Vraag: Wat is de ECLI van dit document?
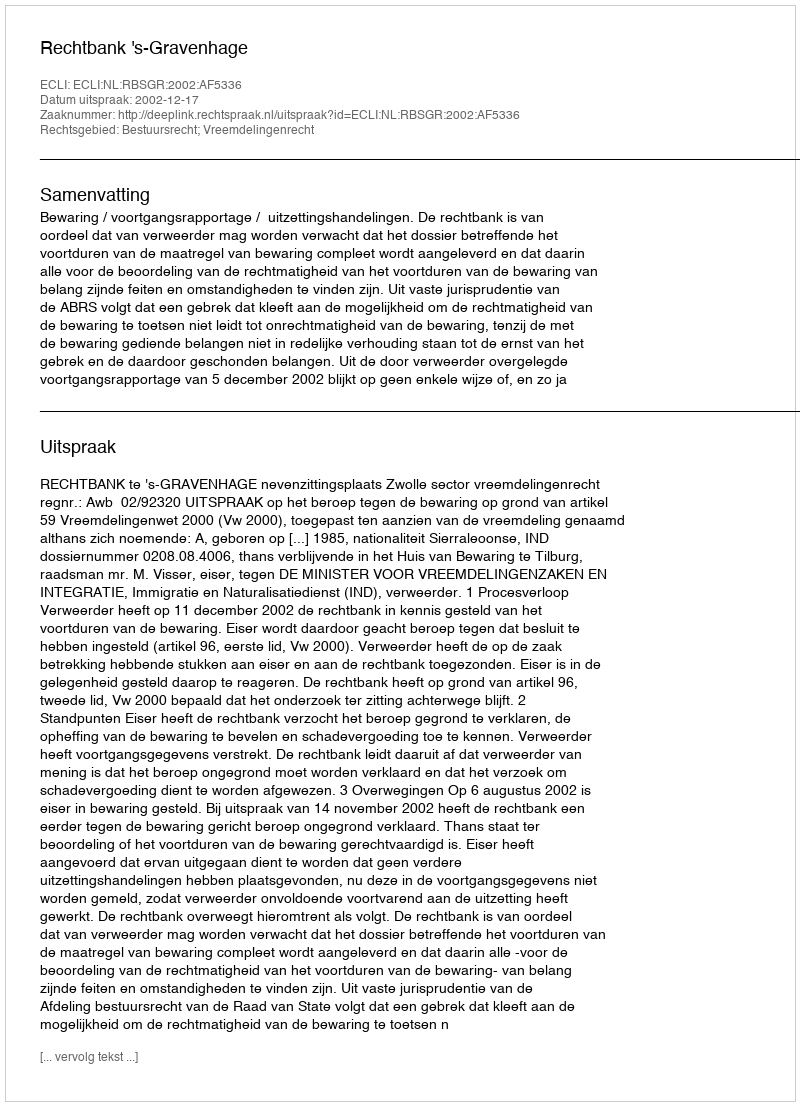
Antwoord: ECLI:NL:RBSGR:2002:AF5336